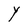
Character: Y